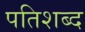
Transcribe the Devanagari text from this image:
पतिशब्द